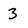
Character: 3